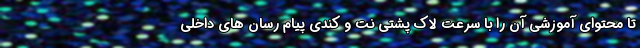
تا محتوای آموزشی آن را با سرعت لاک پشتی نت و کندی پیام رسان های داخلی